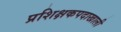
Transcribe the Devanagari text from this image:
प्रशिक्षकपदाखाली